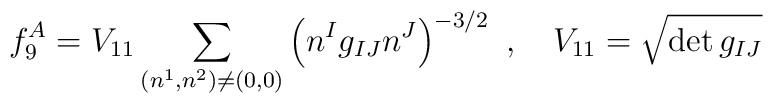
f_9^A = V_{11} \sum_{(n^1,n^2)\ne (0,0)} \left( n^{I} g_{IJ} n^{J} \right)^{-3/2}\ ,\quad V_{11}=\sqrt{\det g_{IJ}}